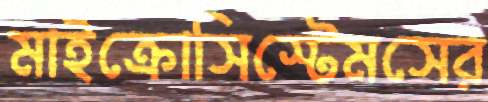
মাইক্রোসিস্টেমসের